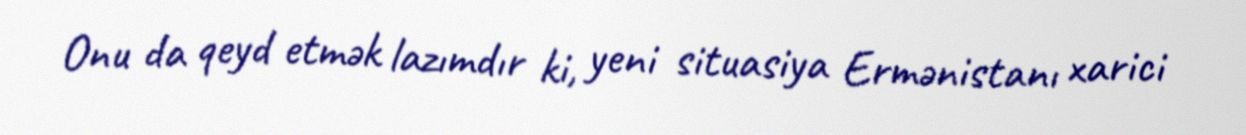
Onu da qeyd etmək lazımdır ki, yeni situasiya Ermənistanı xarici